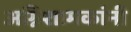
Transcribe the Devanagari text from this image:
अग्निशामकांनी